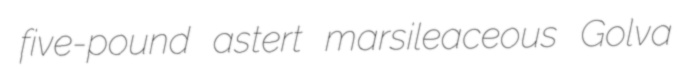
five-pound astert marsileaceous Golva